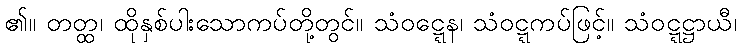
၏။ တတ္ထ၊ ထိုနှစ်ပါးသောကပ်တို့တွင်။ သံဝဋ္ဋေန၊ သံဝဋ္ဋကပ်ဖြင့်။ သံဝဋ္ဋဋ္ဌာယီ၊